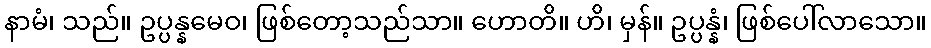
နာမံ၊ သည်။ ဥပ္ပန္နမေဝ၊ ဖြစ်တော့သည်သာ။ ဟောတိ။ ဟိ၊ မှန်။ ဥပ္ပန္နံ၊ ဖြစ်ပေါ်လာသော။